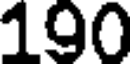
190